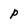
Character: p